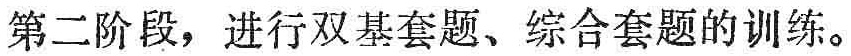
第二阶段，进行双基套题、综合套题的训练。